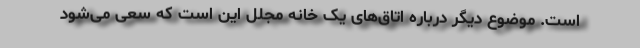
است. موضوع دیگر درباره اتاق‌های یک خانه مجلل این است که سعی می‌شود